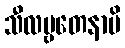
သီလဗ္ဗတေနာပိ